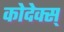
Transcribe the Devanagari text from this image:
कोदेक्स्